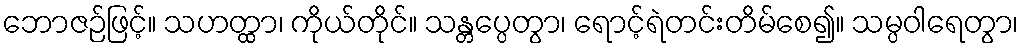
ဘောဇဉ်ဖြင့်။ သဟတ္ထာ၊ ကိုယ်တိုင်။ သန္တပ္ပေတွာ၊ ရောင့်ရဲတင်းတိမ်စေ၍။ သမ္ပဝါရေတွာ၊